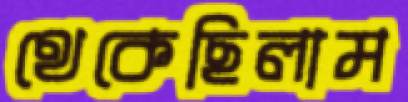
থেকেছিলাম